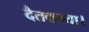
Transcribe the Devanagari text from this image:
दैतकन्या।